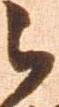
被